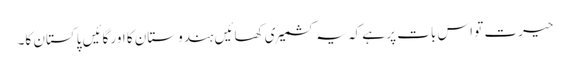
حیرت تو اس بات پر ہے کہ یہ کشمیری کھائیں ہندوستان کا اور گائیں پاکستان کا۔